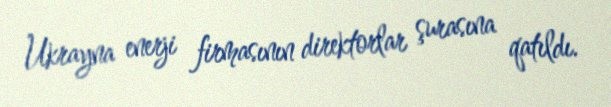
Ukrayna enerji firmasının direktorlar şurasına qatıldı.